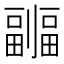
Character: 𠠦